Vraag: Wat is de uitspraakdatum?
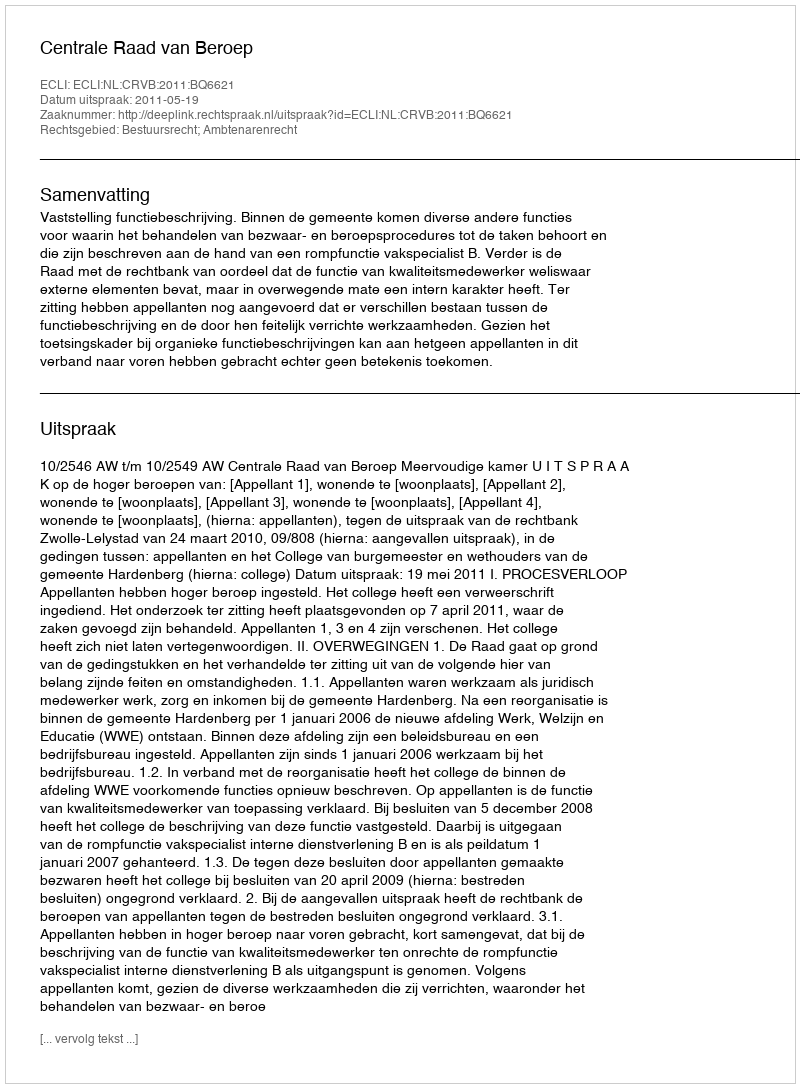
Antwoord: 2011-05-19